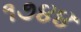
૧૭૪૪